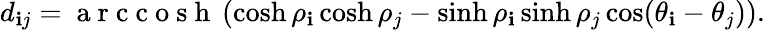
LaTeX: d_{\mathbf{i}j}=\mathrm{{~a~r~c~c~o~s~h~}}\left(\cosh\rho_{\mathbf{i}}\cosh\rho_{j}-\sinh\rho_{\mathbf{i}}\sinh\rho_{j}\cos(\theta_{\mathbf{i}}-\theta_{j})\right).